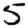
Digit: 5